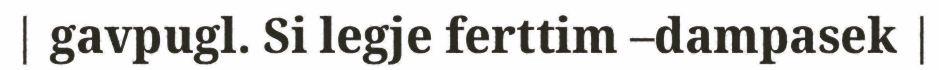
| gavpugl. Si legje ferttim –dampasek |